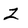
Character: Z